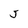
Character: J